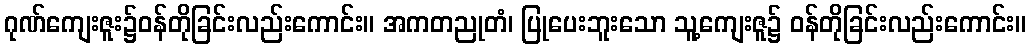
ဂုဏ်ကျေးဇူး၌ဝန်တိုခြင်းလည်းကောင်း။ အကတညုတံ၊ ပြုပေးဘူးသော သူ့ကျေးဇူ၌ ဝန်တိုခြင်းလည်းကောင်း။